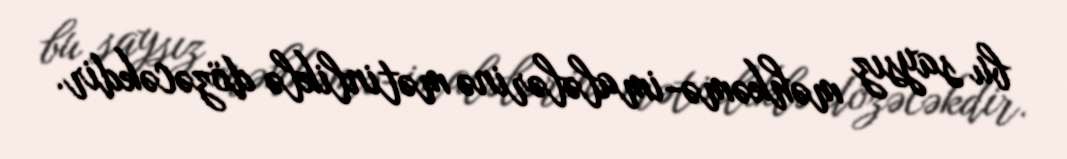
bu saysız məhkəmə-imalələrinə mətinliklə dözəcəkdir.